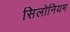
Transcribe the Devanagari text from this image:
सिलोनियम